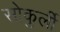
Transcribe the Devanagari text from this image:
सोकुर्ली